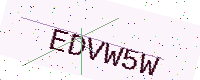
Text: EDVW5W